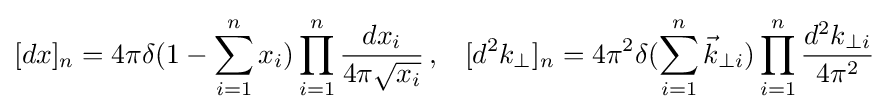
[dx]_{n}=4\pi \delta (1-\sum _{i=1}^{n}x_{i})\prod _{i=1}^{n}{\frac {dx_{i}}{4\pi {\sqrt {x_{i}}}}}\,,\;\;\;[d^{2}k_{\perp }]_{n}=4\pi ^{2}\delta (\sum _{i=1}^{n}{\vec {k}}_{\perp i})\prod _{i=1}^{n}{\frac {d^{2}k_{\perp i}}{4\pi ^{2}}}